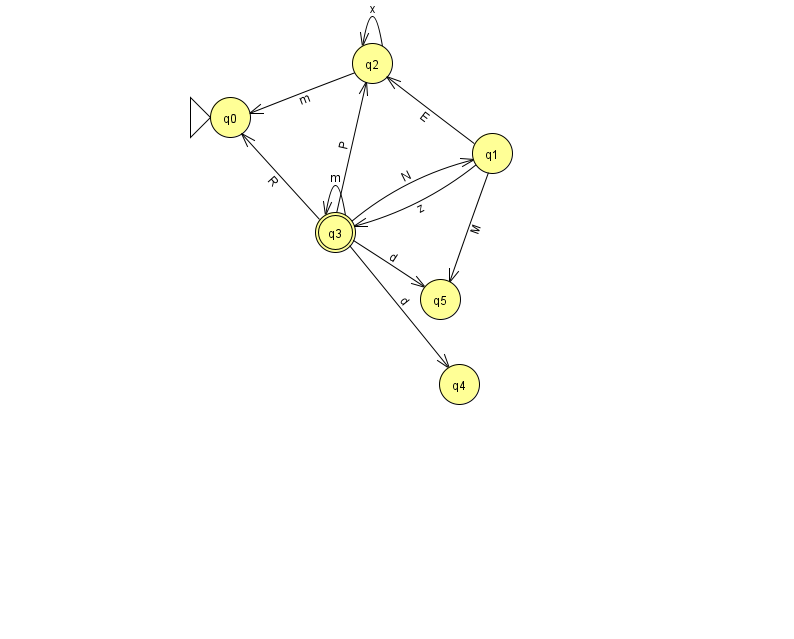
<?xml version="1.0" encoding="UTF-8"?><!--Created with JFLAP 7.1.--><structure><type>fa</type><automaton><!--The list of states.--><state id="0" name="q0"><x>230.0</x><y>104.0</y><initial/></state><state id="1" name="q1"><x>492.0</x><y>140.0</y></state><state id="2" name="q2"><x>372.0</x><y>50.0</y></state><state id="3" name="q3"><x>335.0</x><y>219.0</y><final/></state><state id="4" name="q4"><x>459.0</x><y>371.0</y></state><state id="5" name="q5"><x>440.0</x><y>286.0</y></state><!--The list of transitions.--><transition><from>3</from><to>5</to><read>d</read></transition><transition><from>2</from><to>2</to><read>x</read></transition><transition><from>1</from><to>2</to><read>E</read></transition><transition><from>3</from><to>4</to><read>d</read></transition><transition><from>1</from><to>3</to><read>z</read></transition><transition><from>1</from><to>5</to><read>M</read></transition><transition><from>2</from><to>0</to><read>m</read></transition><transition><from>3</from><to>2</to><read>P</read></transition><transition><from>3</from><to>3</to><read>m</read></transition><transition><from>3</from><to>0</to><read>R</read></transition><transition><from>3</from><to>1</to><read>N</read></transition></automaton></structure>